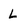
Character: L